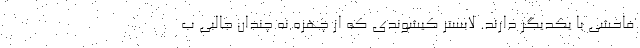
فاحشی با یکدیگر دارند. لابستر کیشوندی که از چهره نه چندان جالبی ب